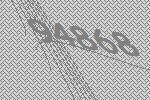
94868